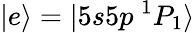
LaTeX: |e\rangle=|5s5p~^{1}P_{1}\rangle